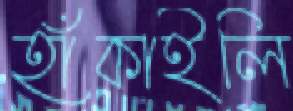
হাঁকাইলি